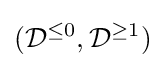
({\mathcal {D}}^{\leq 0},{\mathcal {D}}^{\geq 1})